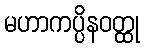
မဟာကပ္ပိနဝတ္ထု